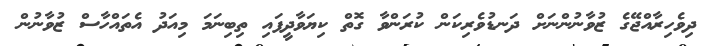
ދިވެހިރާއްޖޭގެ ޒުވާނުންނަށް ދަނޑުވެރިކަން ކުރަންވާ ގޮތް ކިޔަވާދީފައި ތިބިނަމަ މިއަދު އެތައްހާސް ޒުވާނުން